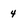
Character: 4